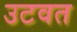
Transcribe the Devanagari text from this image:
उटवत